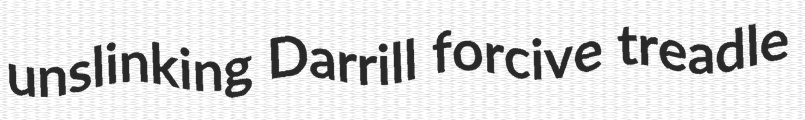
unslinking Darrill forcive treadle